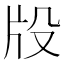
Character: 𤖬